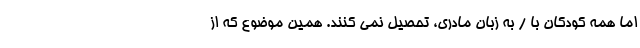
اما همه کودکان با / به زبان مادری، تحصیل نمی کنند. همین موضوع که از